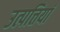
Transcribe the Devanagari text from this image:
उत्पत्तियां